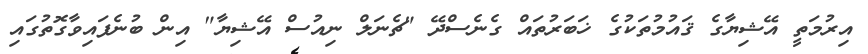
އިރުމަތީ އޭޝިޔާގެ ޤައުމުތަކުގެ ޚަބަރުތައް ގެނެސްދޭ "ޗެނަލް ނިއުސް އޭޝިޔާ" އިން ބުނެފައިވާގޮތުގައި